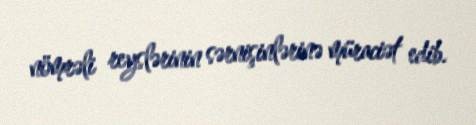
nömrəli reyslərinin sərnişinlərinə müraciət edib.